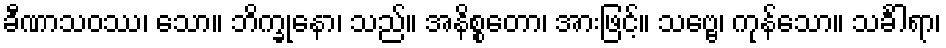
ခီဏာသဝဿ၊ သော။ ဘိက္ခုနော၊ သည်။ အနိစ္စတော၊ အားဖြင့်။ သဗ္ဗေ၊ ကုန်သော။ သင်္ခါရာ၊